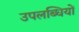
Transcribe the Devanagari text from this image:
उपलब्धियों